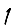
Digit: 1